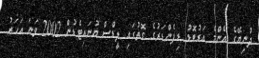
ދުނިޔޭގެ އެންމެ އަގުބޮޑު ޑިފެންޑަރުގެ ގޮތުގައި ލީޑްސް ޔުނައިޓެޑުން 2002 ވަނަ އަހަރު